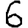
Digit: 6